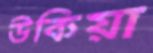
উকিয়া